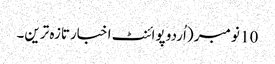
10 نومبر (اُردو پوائنٹ اخبارتازہ ترین۔